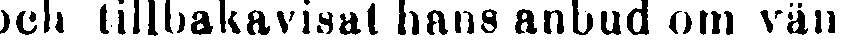
och tillbakavisal hans anbud om vän